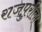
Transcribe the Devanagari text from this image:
राजपुरीला